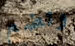
وتضع